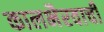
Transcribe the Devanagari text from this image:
कालभैरवाची